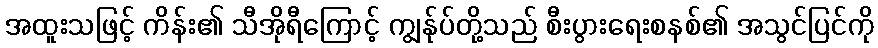
အထူးသဖြင့် ကိန်း၏ သီအိုရီကြောင့် ကျွန်ုပ်တို့သည် စီးပွားရေးစနစ်၏ အသွင်ပြင်ကို